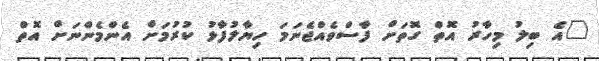
"އެ ބިލު މިހާރު އޮތް ގޮތަށް ފާސްވެއްޖެނަމަ ހިޔާލުފާޅު ކުރުމަށް އެންމެންނަށް އޮތް